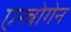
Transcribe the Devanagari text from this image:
एस्त्रोगेन